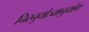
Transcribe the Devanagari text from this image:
निरनुयोज्यानुयोग